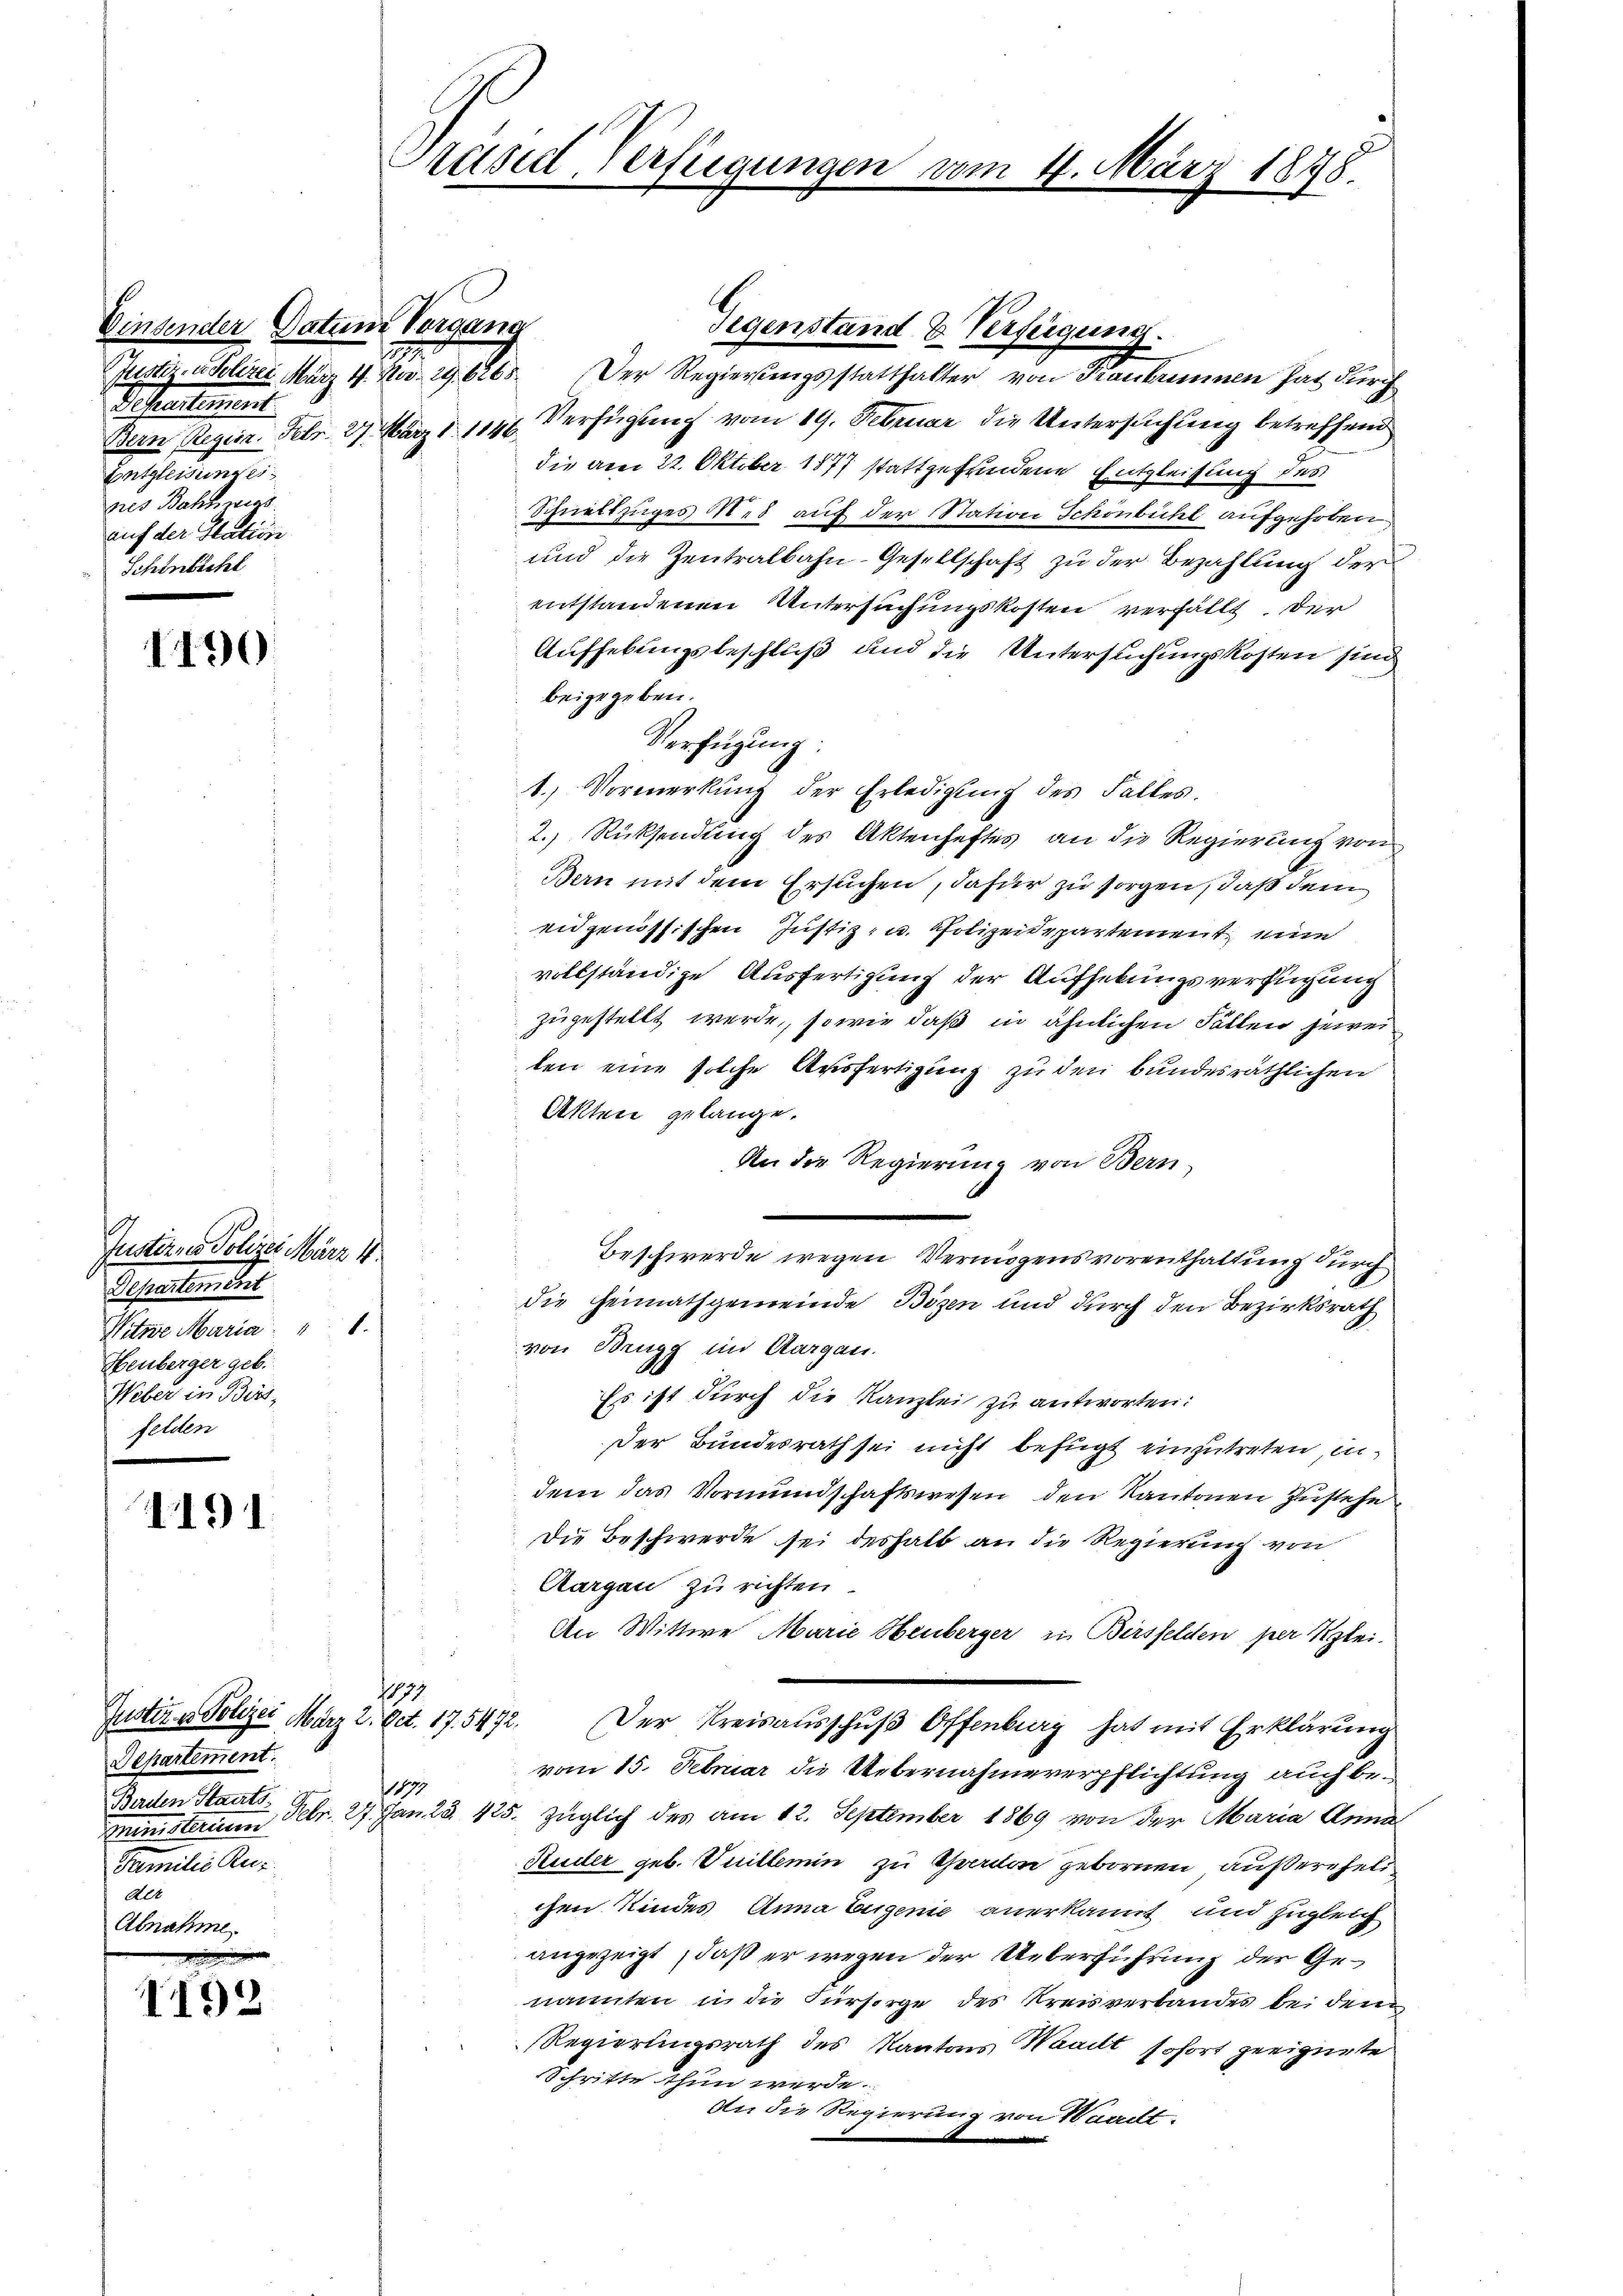
1490

491

Justiz u. Polizei März 2. Oct. 17. 5472.
Departement.
Berdten Staats
ministerium
Familie Rur
Alt
Abnahme.

1492

Rätsel Verfügungen

Einsender Datum Vergang
Justiz- u. Selten März 4. No. 29. 6265.
Directement
Entgleisung ei
nes Bahn wird.
auf der Station
Schönbichl

Instirner Polizei März 4.
Departement
Witwe Maria " 1.
Heuberger geb.
Weber in Bies,
felden

Bern Regier. Febr. 27. März 1114. Verfügung vom 19. Februar die Untersuchung betreffend
die am 22. Oktober 1877 stattgefundene Entgleichung des
Schnellzuges des auf der Station Schönbühl aufgehoben
und die Zentralbahn-Gesellschaft zu der Bezahlung der
entstandenen Untersuchungskosten verfällt. Der
Aufhebungsbeschluß und die Untersuchungskosten sind
beigegeben.
Verfügung:
1. Vormerkung der Erledigung des Falles.
2.) Rücksendung des Aktenheftes an die Regierung von
Bern mit dem Ersuchen, dafür zu sorgen, daß dem
eidgenössischen Justiz- u. Polizeidepartement eine
vollständige Ausfertigung der Aufhebungsverfügung
zugestellt werde, sowie daß in ähnlichen Fällen jeweiten eine solche Ausfertigung zu den bundesräthlichen
Akten gelange.
An die Regierung von Bern
i
Beschwerde wegen Vermögensvorenthaltung durch
die Heimathgemeinde Bozen und durch den Bezirksrath
von Brugg im Aargau.
Es ist durch die Kanzlei zu antworten:
Der Bundesrath sei nicht befügt einzutreten, indem das Vormundschaftswesen den Kantonen Zustehe
Die Beschwerde sei deshalb an die Regierung von
Aargau zu richten.
An Wittwe Marie Heuberger in Bersfelden per Klei¬
179
Der Kreisausschuß Offenburg hat mit Erklärung
vom 15. Februar die Uebernahmeverpflichtung auch be¬
17
Febr. 27. Jan. 23. 425.
züglich des am 12. September 1869 von der Maria Anna
Ruder geb. Vuillemin zu Yverdon gebornen, außereheli
chen Kindes Anna Eugenie anerkannt und zugleich
angezeigt, daß er wegen der Ueberführung der Genannten in die Fürsorge des Kreisverbandes bei dem
Regierungsrath des Kantons Wailt, sofort geeignete
Schritte thun werde.
An die Regierung von Waadt.

Gegenstand & Verfügung.
Der Regierungsstatthalter von Kaukrinnen hat durch

n 4. März 1848.